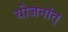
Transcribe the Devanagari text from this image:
योजनांत्‌